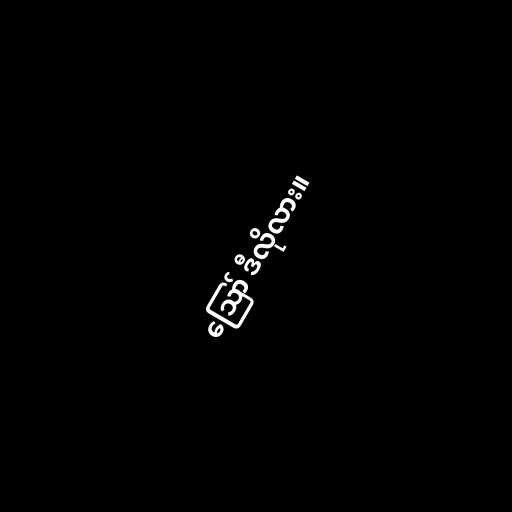
ဪ ဒီလိုလား။